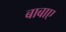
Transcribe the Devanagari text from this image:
बाबाए